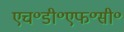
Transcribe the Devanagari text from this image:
एच॰डी॰एफ॰सी॰